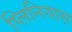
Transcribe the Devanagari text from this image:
प्लिनियास